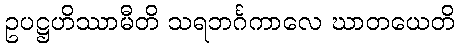
ဥပဋ္ဌဟိဿာမီတိ သရဘင်္ဂကာလေ ဃာတယေတိ